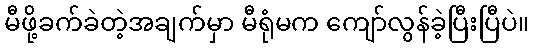
မီဖို့ခက်ခဲတဲ့အချက်မှာ မီရုံမက ကျော်လွန်ခဲ့ပြီးပြီပဲ။